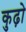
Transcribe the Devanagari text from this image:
कुढ़ो